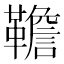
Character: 韂